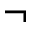
\neg